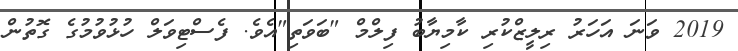
2019 ވަނަ އަހަރު ރިލީޒްކުރި ކާމިޔާބު ފިލްމް "ބަވަތި"އެވެ. ފެސްޓިވަލް ހުޅުވުމުގެ ގޮތުން